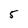
Character: 5